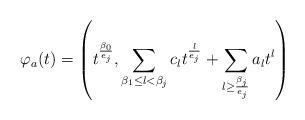
LaTeX: \begin{align*}\varphi_a(t)=\left (t^{\frac{\beta_0}{e_j}},\sum_{\beta_1\leq l<\beta_j}c_lt^\frac{l}{e_j}+\sum_{l \geq \frac{\beta_j}{e_j}}a_lt^l\right )\end{align*}